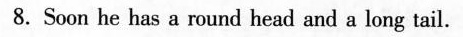
8. Soon he has a round head and a long tail.